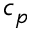
c _ { p }